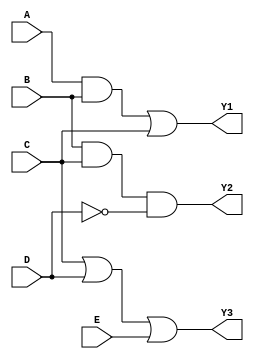
module combinational_logic_block (
    input wire A,
    input wire B,
    input wire C,
    input wire D,
    input wire E,
    output wire Y1,
    output wire Y2,
    output wire Y3
);

// Group 1: {A, B, C}
// Logic Operation: Y1 = A AND B OR C
wire group1_result;
assign group1_result = (A & B) | C;

// Group 2: {B, C, D}
// Logic Operation: Y2 = B AND C AND NOT D
wire group2_result;
assign group2_result = (B & C) & ~D;

// Group 3: {C, D, E}
// Logic Operation: Y3 = C OR D OR E
wire group3_result;
assign group3_result = C | D | E;

// Output assignments
assign Y1 = group1_result;
assign Y2 = group2_result;
assign Y3 = group3_result;

endmodule